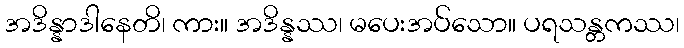
အဒိန္နာဒါနေတိ၊ ကား။ အဒိန္နဿ၊ မပေးအပ်သော။ ပရသန္တကဿ၊